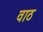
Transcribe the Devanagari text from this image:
वाठ